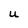
Character: U